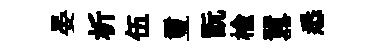
晏析伍璽翫楡囂悉